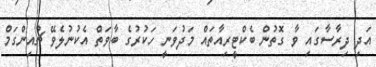
އަދި ދިރާސާގައި ވާ ގޮތުން ބެކްޓީރިއާތައް މަދުވަނީ ހަކުރުގެ ބާވަތް އެކުނުލެވޭ ޗުއިންގަމް